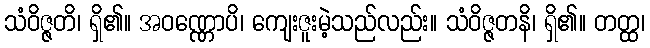
သံဝိဇ္ဇတိ၊ ရှိ၏။ အဝဏ္ဏောပိ၊ ကျေးဇူးမဲ့သည်လည်း။ သံဝိဇ္ဇတနိ၊ ရှိ၏။ တတ္ထ၊